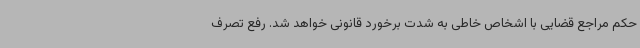
حکم مراجع قضایی با اشخاص خاطی به شدت برخورد قانونی خواهد شد. رفع تصرف